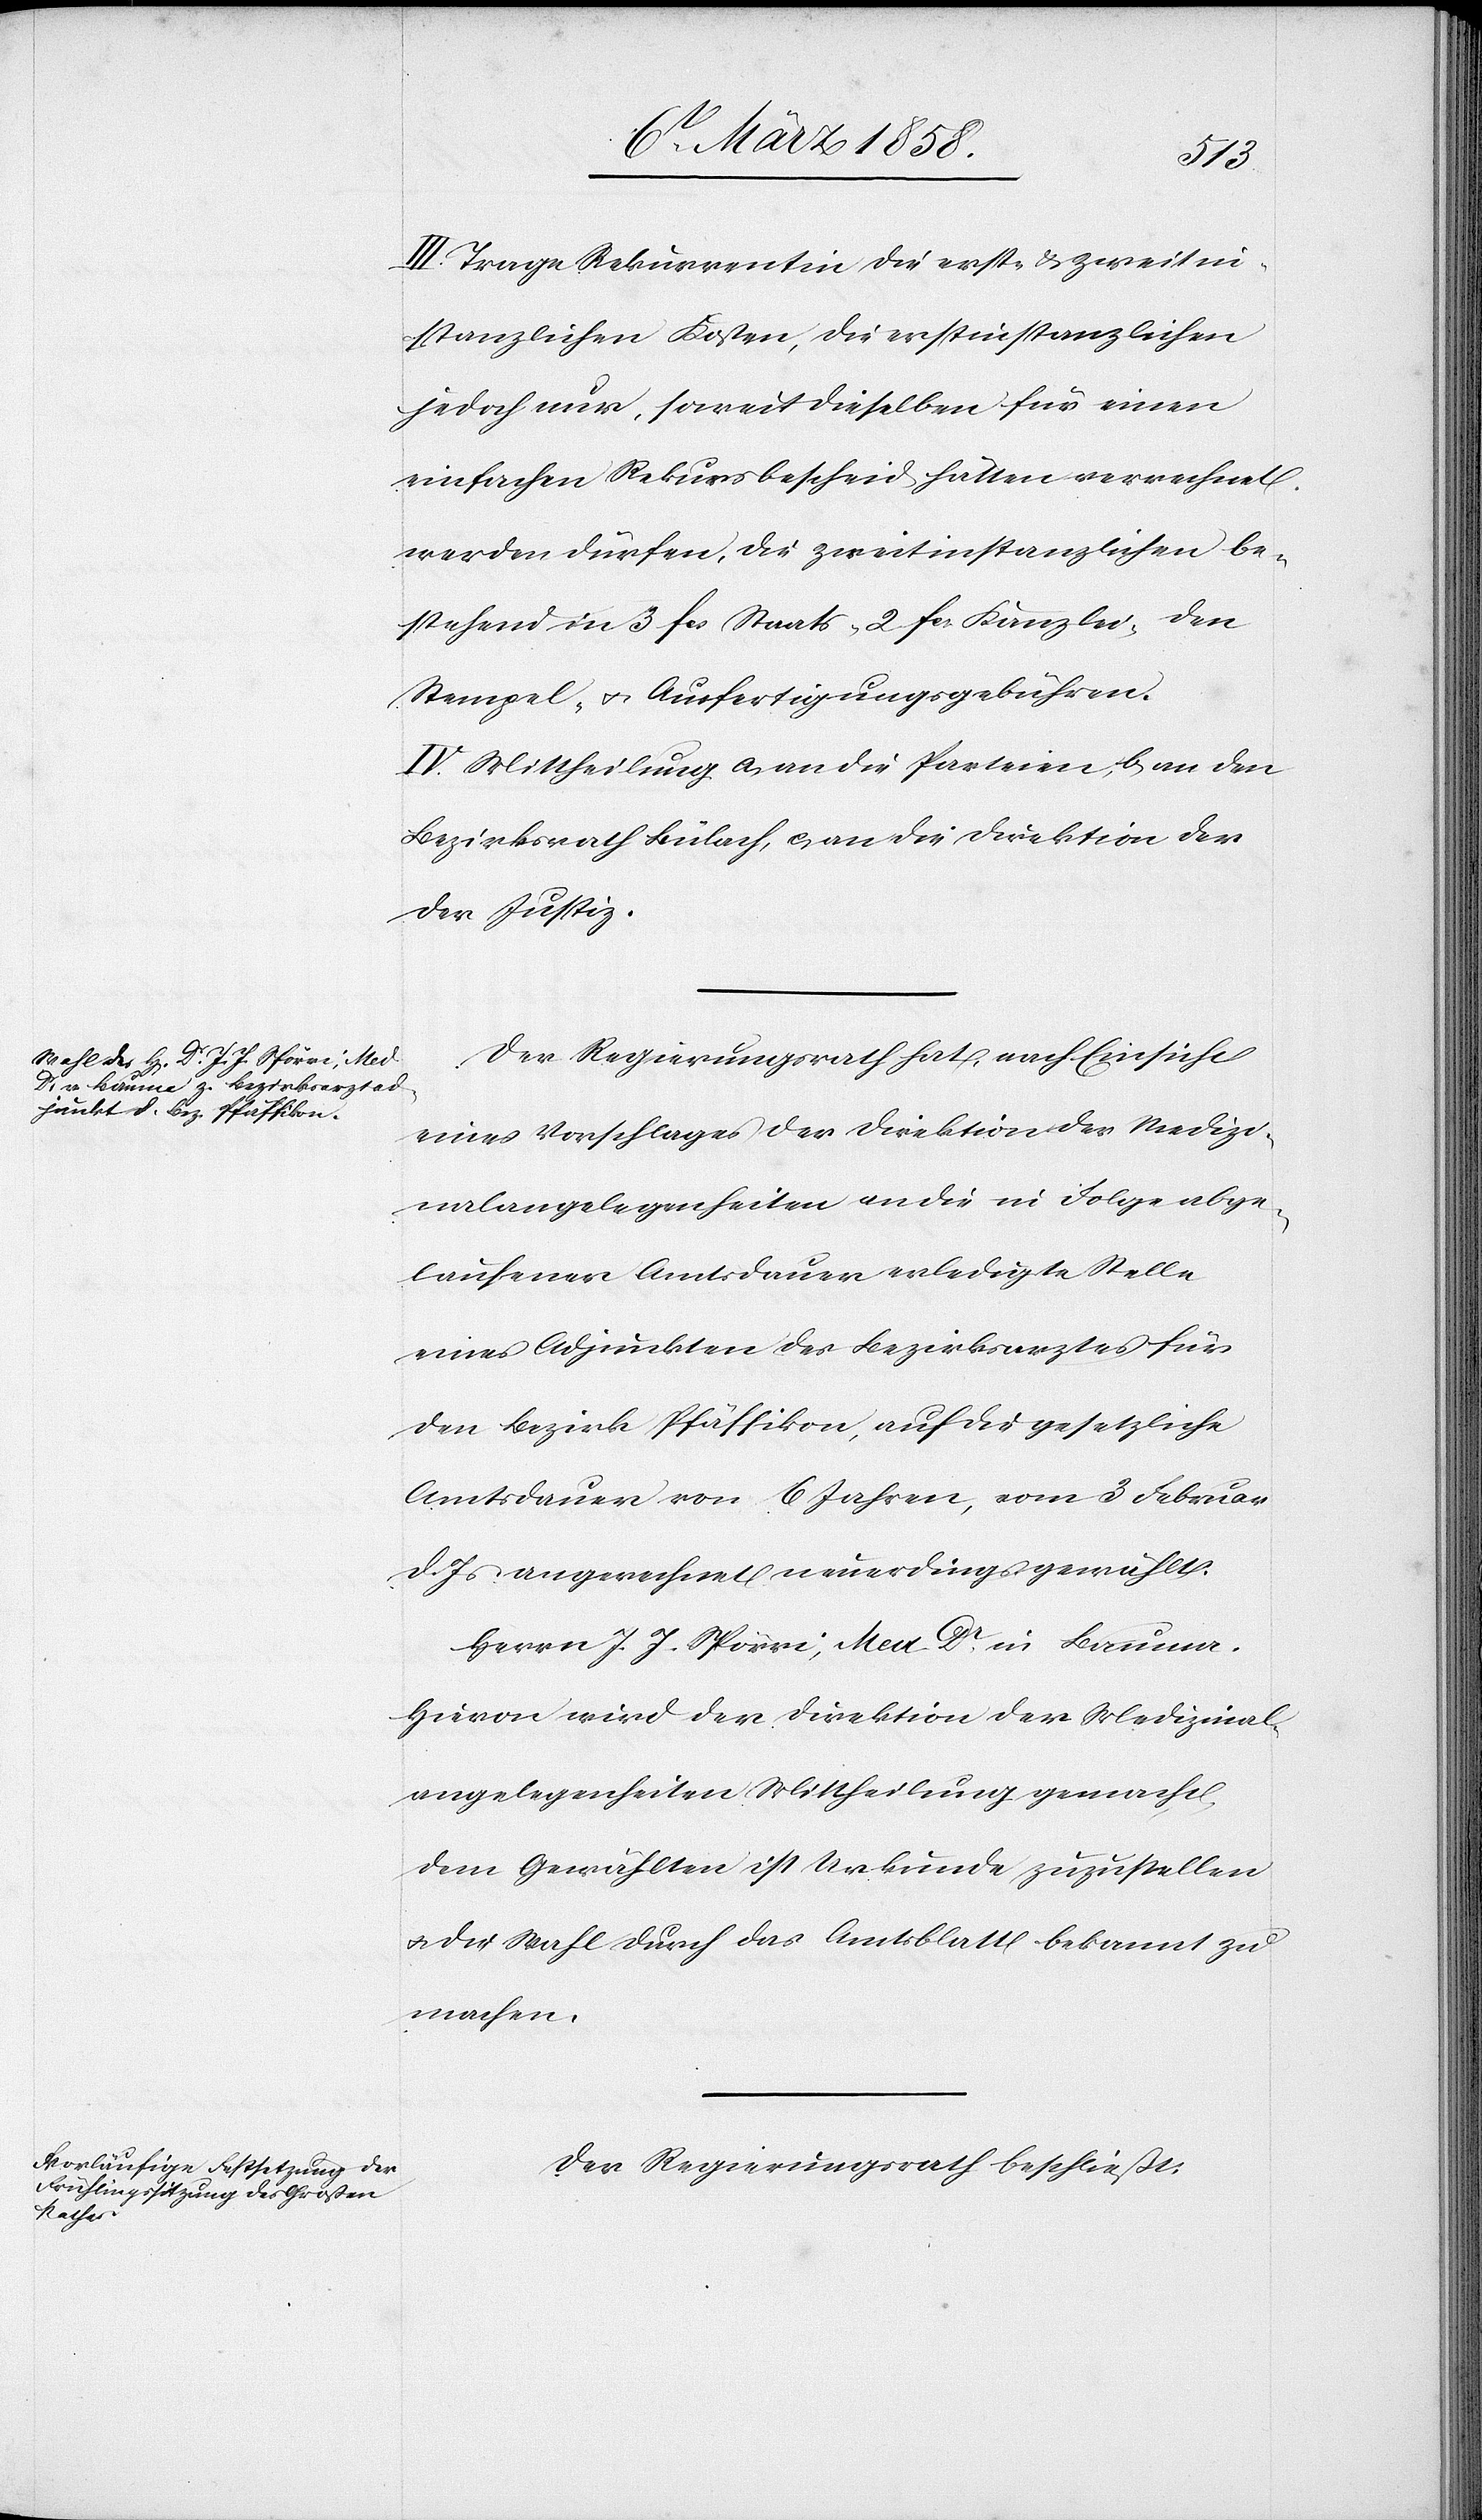
III. Trage Rekurrentin die erst- u. zweitin¬
stanzlichen Kosten, die erstinstanzlichen
jedoch nur, soweit dieselben für einen
einfachen Rekursbescheid hätten verrechnet
werden dürfen, die zweitinstanzlichen be¬
stehend in 3 fcs. Staats-[,] 2 fcs. Kanzlei-[,] den
Stempel- u. Ausfertigungsgebühren.
IV. Mittheilung a) an die Parteien, b) an den
Bezirksrath Bülach, c) an die Direktion der
Der Regierungsrath hat nach Einsicht
eines Vorschlages der Direktion der Medizi¬
nalangelegenheiten an die in Folge abge¬
laufener Amtsdauer erledigte Stelle
eines Adjunkten des Bezirksarztes für
den Bezirk Pfäffikon, auf die gesetzliche
Amtsdauer von 6 Jahren, vom 3. Februar
d. Js. angerechnet neuerdings gewählt:
Herrn J. J. Spörri, Med. Dr in Bauma.
Hievon wird der Direktion der Medizinal¬
angelegenheiten Mittheilung gemacht.
Dem Gewählten ist Urkunde zuzustellen
u. die Wahl durch das Amtsblatt bekannt zu
machen.
Der Regierungsrath beschließt: